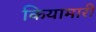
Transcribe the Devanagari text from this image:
कियामारी